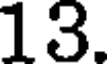
13.